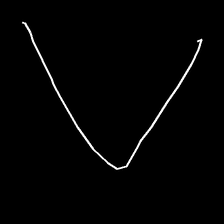
Glyph: region